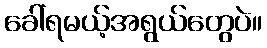
ခေါ်ရမယ့်အရွယ်တွေပဲ။